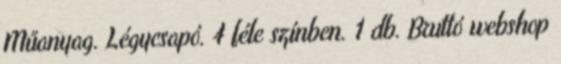
Műanyag. Légycsapó. 4 féle színben. 1 db. Bruttó webshop